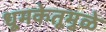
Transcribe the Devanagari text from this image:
धूमकेतूमुळे